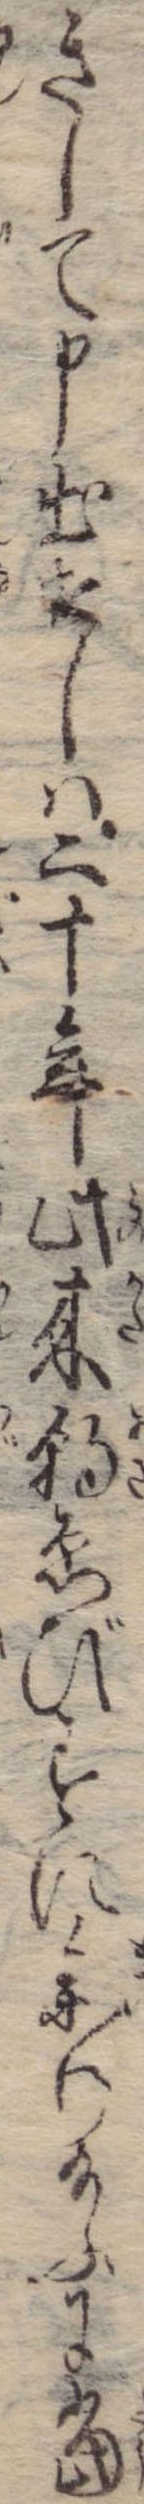
きして申出せしは二十年此来朝ゑびすに参り給ふに当